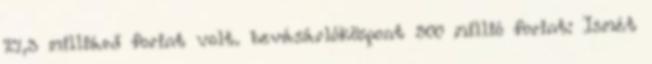
27,3 milliárd forint volt. bevásárlóközpont 500 millió forint: Ismét